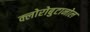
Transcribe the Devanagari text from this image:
क्लोरोबुटानोल